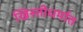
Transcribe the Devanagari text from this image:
ख्रिस्तीधर्मात